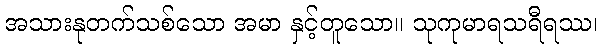
အသားနုတက်သစ်သော အမာ နှင့်တူသော။ သုကုမာရသရီရဿ၊